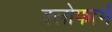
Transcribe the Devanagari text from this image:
क्लोफार्म